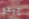
يبدو